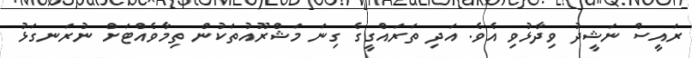
ރައީސް ނަޝީދު ވިދާޅުވި އެވެ. އަދި ތަރައްގީގެ ގިނަ މަޝްރޫއުތަކުން ތިމާވެއްޓަށް ނުރަނގަޅު